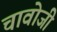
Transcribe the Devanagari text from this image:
चावोजी